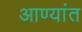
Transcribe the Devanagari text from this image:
आण्यांत